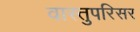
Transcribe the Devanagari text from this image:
वास्तुपरिसर